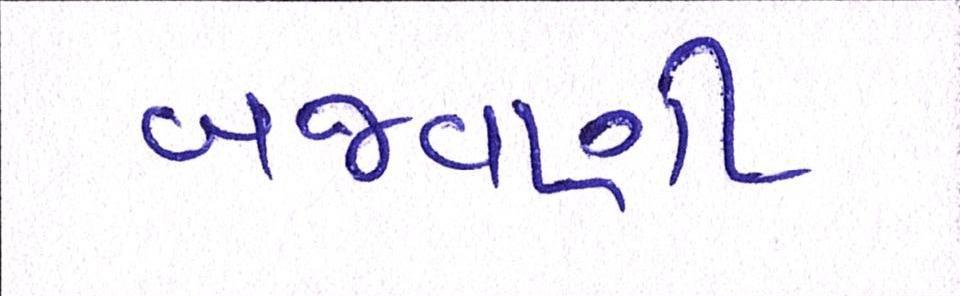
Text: બજવણી